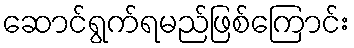
ဆောင်ရွက်ရမည်ဖြစ်ကြောင်း